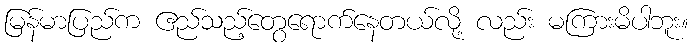
မြန်မာပြည်က ဧည်သည့်တွေရောက်နေတယ်လို့ လည်း မကြားမိပါဘူး။